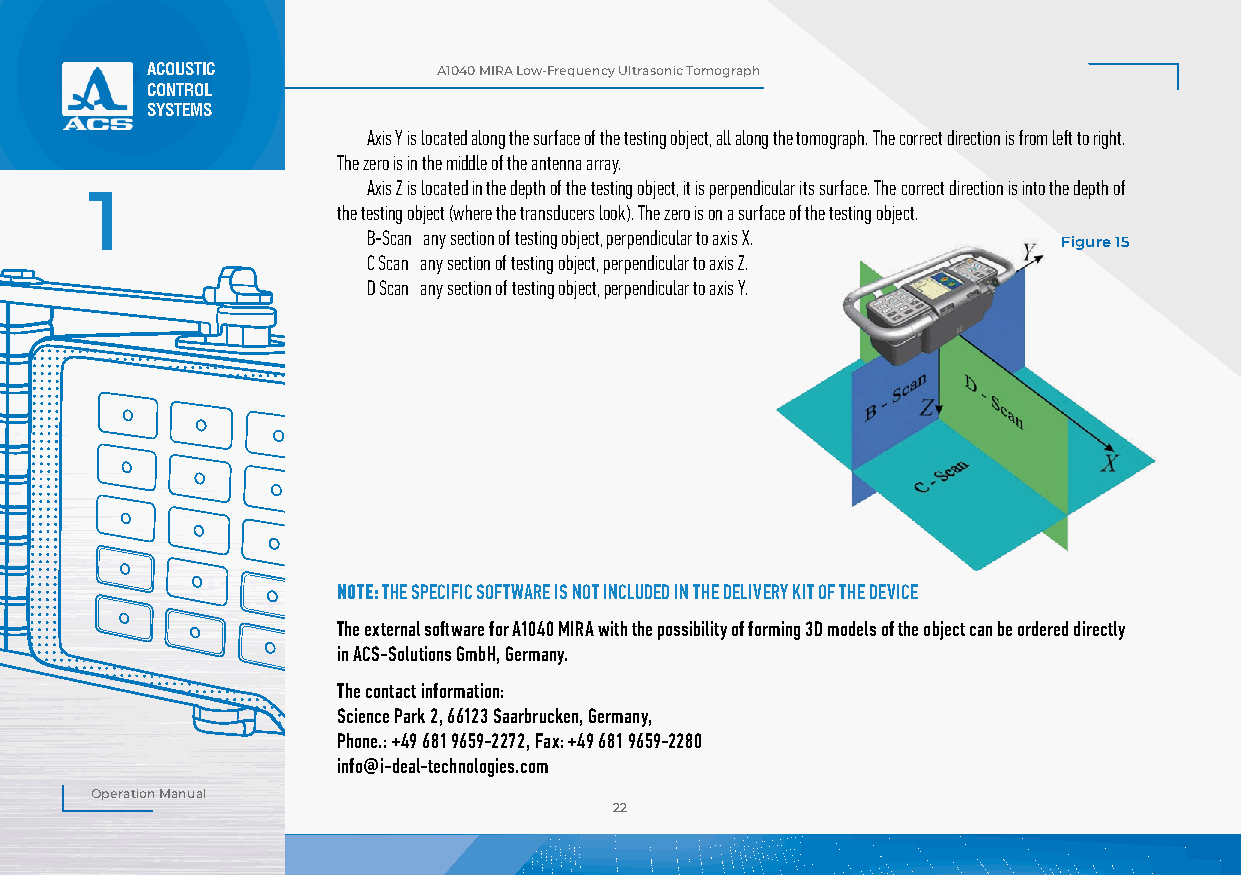
ACOUSTIC           А1040 MIRA Low-Frequency Ultrasonic Tomograph
 CONTROL
 SYSTEMS
 Axis Y is located along the surface of the testing object, all along the tomograph. The correct direction is from left to right.
 The zero is in the middle of the antenna array.
 Axis Z is located in the depth of the testing object, it is perpendicular its surface. The correct direction is into the depth of
 1
 the testing object (where the transducers look). The zero is on a surface of the testing object.
 B-Scan any section of testing object, perpendicular to axis X.
 Figure 15
 C Scan any section of testing object, perpendicular to axis Z.
 D Scan any section of testing object, perpendicular to axis Y.
 NOTE: THE SPECIFIC SOFTWARE IS NOT INCLUDED IN THE DELIVERY KIT OF THE DEVICE
 The external software for A1040 MIRA with the possibility of forming 3D models of the object can be ordered directly
 in ACS-Solutions GmbH, Germany.
 The contact information:
 Science Park 2, 66123 Saarbrucken, Germany,
 Phone.: +49 681 9659-2272, Fax: +49 681 9659-2280
 info@i-deal-technologies.com
 Operation Manual
 22